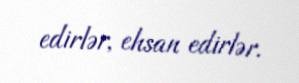
edirlər, ehsan edirlər.